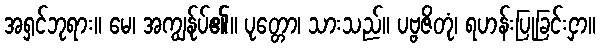
အရှင်ဘုရား။ မေ၊ အကျွန်ုပ်၏။ ပုတ္တော၊ သားသည်။ ပဗ္ဗဇိတုံ၊ ရဟန်းပြုခြင်းငှာ။